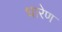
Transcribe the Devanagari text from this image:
धारेण